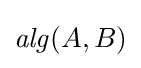
{\mathit {alg}}(A,B)